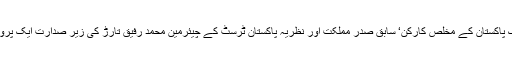
اس سلسلے میں تحریک پاکستان کے مخلص کارکن‘ سابق صدر مملکت اور نظریۂ پاکستان ٹرسٹ کے چیئرمین محمد رفیق تارڑ کی زیر صدارت ایک پروقار تقریب منعقد ہوئی۔